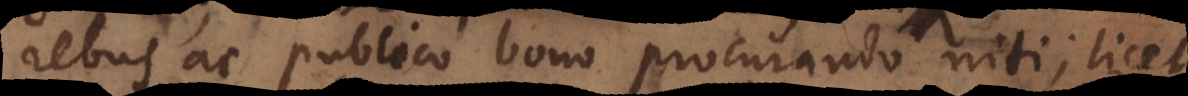
rebus, ac publico bono procurando niti, licet